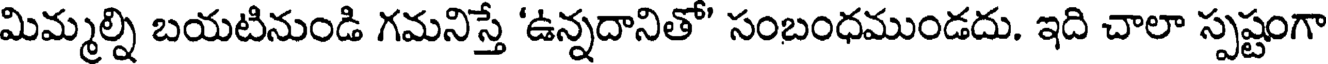
మిమ్మల్ని బయటినుండి గమనిస్తే 'ఉన్నదానితో' సంబంధముండదు. ఇది చాలా స్పష్టంగా